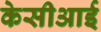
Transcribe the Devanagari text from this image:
केसीआई